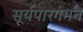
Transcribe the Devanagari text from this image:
सूर्यपारगमन